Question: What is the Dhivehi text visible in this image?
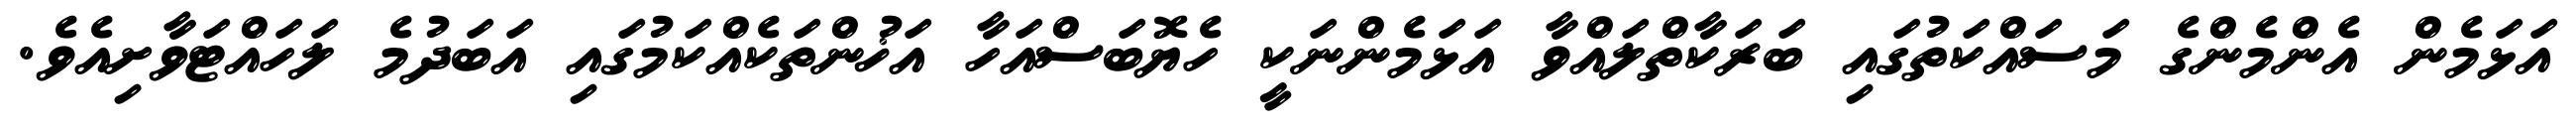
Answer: އަޅަމެން އެންމެންގެ މަސައްކަތުގައި ބަރަކާތްލައްވާ އަޅަމެންނަކީ ހެޔޮބަސްއަހާ އަޚުންތަކެއްކަމުގައި އަބަދުމެ ލަހައްޓަވާށިއެވެ.